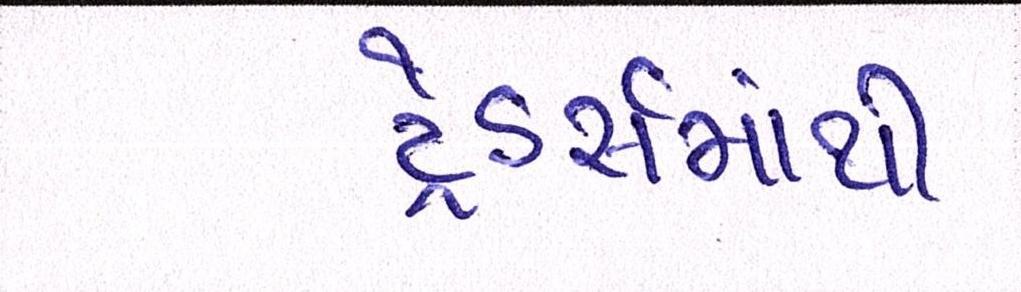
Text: ટ્રેડર્સમાંથી